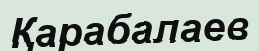
Қарабалаев